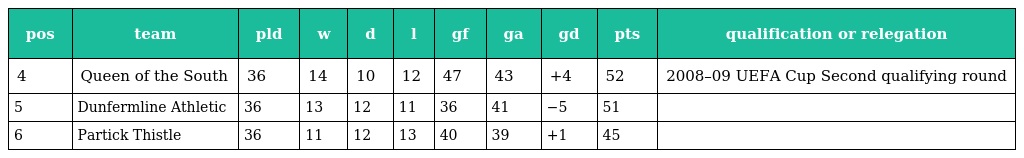
| pos | team | pld | w | d | l | gf | ga | gd | pts | qualification or relegation |
 | --- | --- | --- | --- | --- | --- | --- | --- | --- | --- | --- |
 | 4 | Queen of the South | 36 | 14 | 10 | 12 | 47 | 43 | +4 | 52 | 2008–09 UEFA Cup Second qualifying round |
 | 5 | Dunfermline Athletic | 36 | 13 | 12 | 11 | 36 | 41 | −5 | 51 |  |
 | 6 | Partick Thistle | 36 | 11 | 12 | 13 | 40 | 39 | +1 | 45 |  |